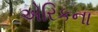
એરિકના